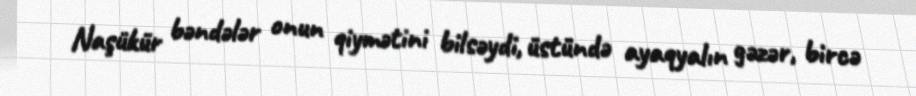
Naşükür bəndələr onun qiymətini bilsəydi, üstündə ayaqyalın gəzər, bircə